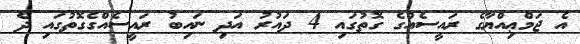
އެ ޖަމްޢިއްޔާގެ ރައީސެއްގެ ގޮތުގައި 4 ދައުރު އަދި ނައިބު ރައީސެއްގެގޮތުގައި ދެ